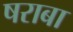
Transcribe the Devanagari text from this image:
षराबा